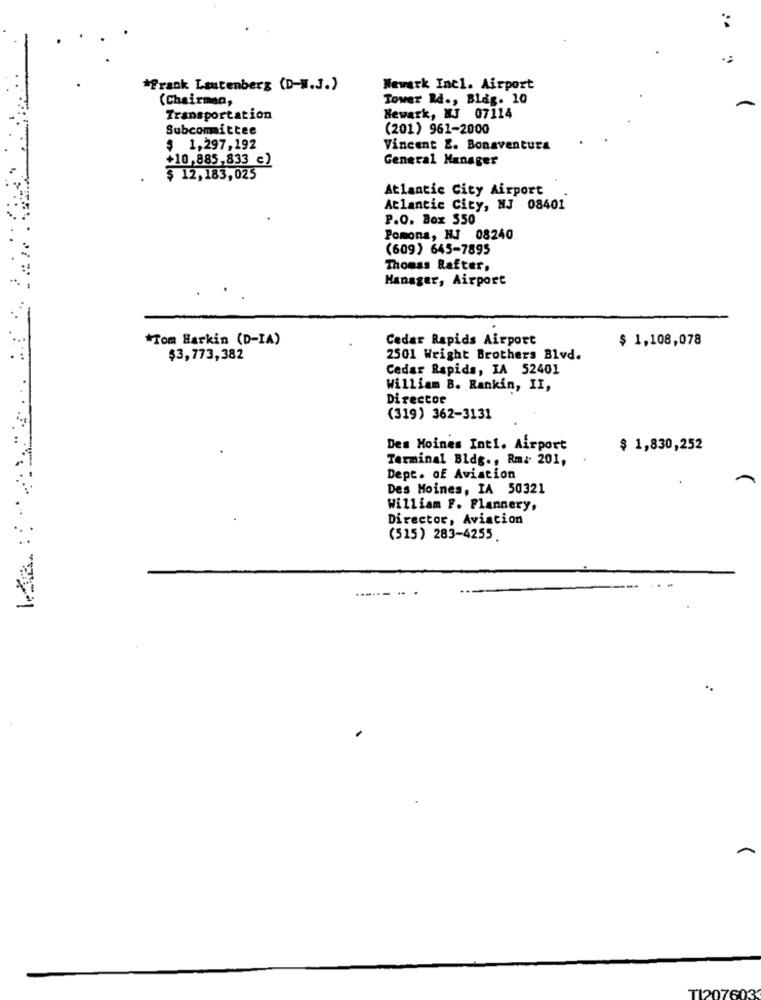
*Prank Lautenberg (D-W.J.)
Newark Incl. Airport
(Chairman,
Tower Rd ., Blag. 10
Transportation
Newark, NJ 07114
Subcommittee
(201) 961-2000
$ 1,297,192
Vincent E. Bonaventura
+10,885,833 €)
General Manager
$ 12,183, 025
Atlantic City Airport
Atlantic City, NJ 08401
P.O. Box 550
Pomona, NJ 08240
(609) 645-7895
Thomas Rafter,
Manager, Airport
*Tom Harkin (D-IA)
Cedar Rapids Airport
$ 1,108,078
$3,773,382
2501 Wright Brothers Blvd.
Cedar Rapids, IA 52401
William B. Rankin, II,
Director
(319) 362-3131
Des Moines Int1. Airport
$ 1,830,252
Terminal Bldg ., Rm: 201,
Dept. of Aviation
Des Moines, IA 50321
William F. Flannery,
Director, Aviation
(515) 283-4255
TI207603